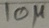
Text: 10µ